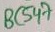
Text: BC547